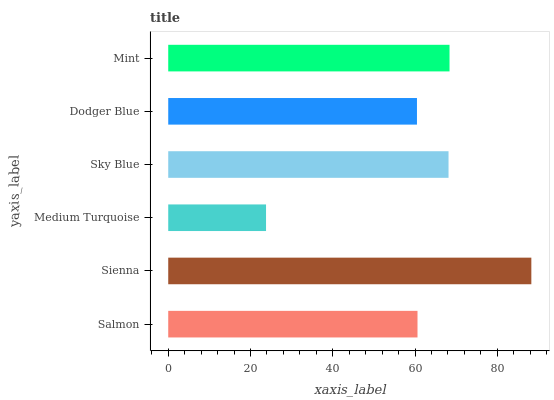
| yaxis_label | bars |
 | --- | --- |
 | Salmon | 60.6 |
 | Sienna | 88.3 |
 | Medium Turquoise | 23.8 |
 | Sky Blue | 68.1 |
 | Dodger Blue | 60.5 |
 | Mint | 68.4 |